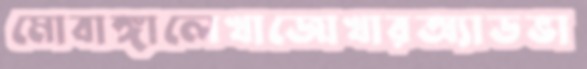
মোবাঙ্গালেখাজোখারঅ্যাডভা